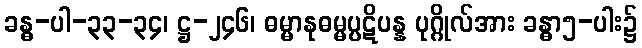
ခန္ဓ-ပါ-၃၃-၃၄၊ ဋ္ဌ-၂၄၆၊ ဓမ္မာနုဓမ္မပ္ပဋိပန္န ပုဂ္ဂိုလ်အား ခန္ဓာ၅-ပါး၌